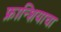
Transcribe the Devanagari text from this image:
फ्रान्शियाचा